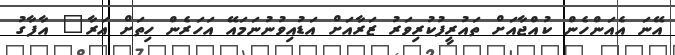
އޭނަ އެއަންހެން ކުއްޖާއަށް ތައުރީފުކުރިވަރު ޒަރާއަށް އަޑުއިވުނުނަމައޭ އަހަރެން ހިތަށް އަރާ" އާފާގު